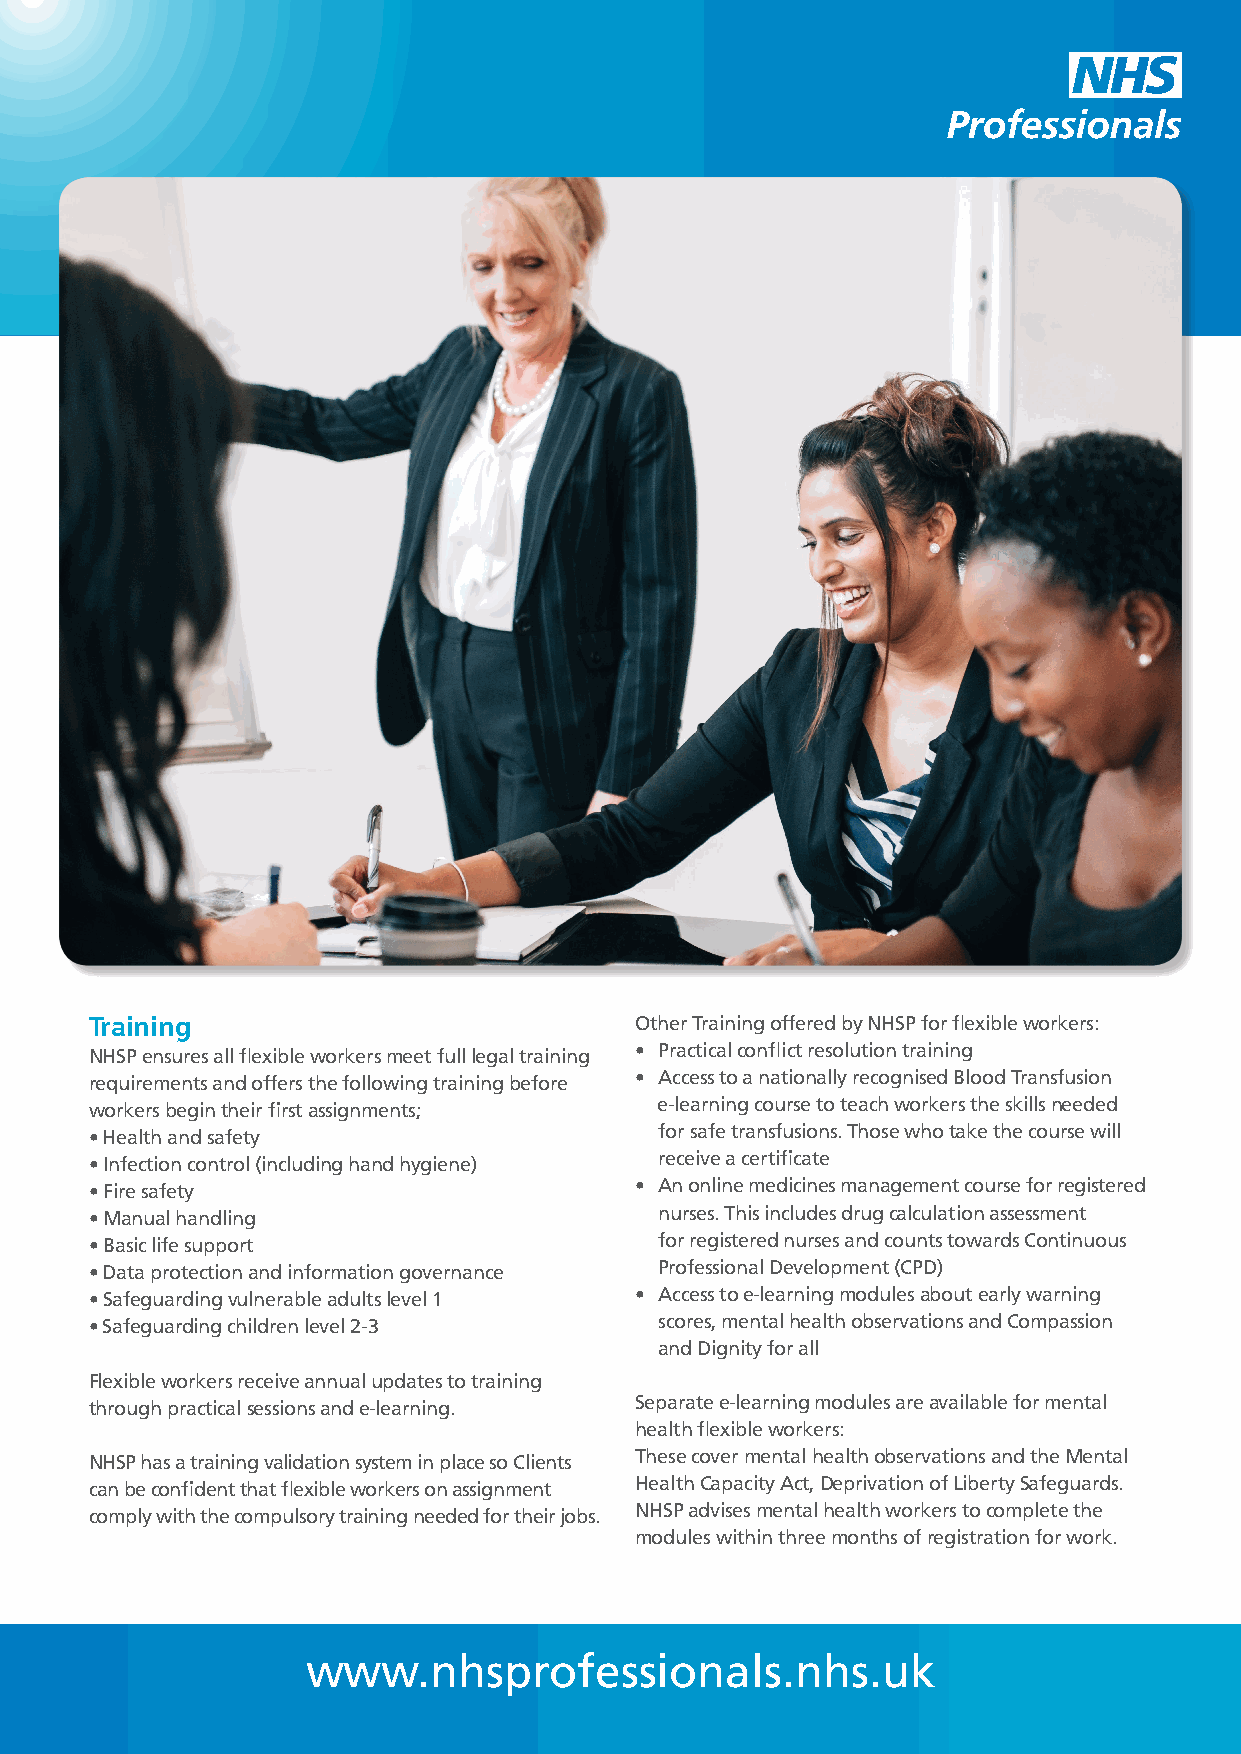
Training                            Other Training offered by NHSP for flexible workers :
 NHSP ensures all flexible workers meet full legal training • Practical conflict resolution training
 requirements and offers the following training before • Access to a nationally recognised Blood Transfusion
 workers begin their first assignments; e-learning course to teach workers the skills needed
 • Health and safety                   for safe transfusions. Those who take the course will
 • Infection control (including hand hygiene) receive a certificate
 • Fire safety                       • An online medicines management course for registered
 • Manual handling                     nurses. This includes drug calculation assessment
 • Basic life support                  for registered nurses and counts towards Continuous
 • Data protection and information governance Professional Development (CPD)
 • Safeguarding vulnerable adults level 1 • Access to e-learning modules about early warning
 • Safeguarding children level 2-3     scores, mental health observations and Compassion
 and Dignity for all
 Flexible workers receive annual updates to training
 through practical sessions and e-learning. Separate e-learning modules are available for mental
 health flexible workers:
 NHSP has a training validation system in place so Clients These cover mental health observations and the Menta l
 can be confident that flexible workers on assignmen t Health Capacity Act, Deprivation of Liberty Safeguards.
 comply with the compulsory training needed for their jobs . NHSP advises mental health workers to complete the
 modules within three months of registration for work.
 www.nhsprofessionals.nhs.uk